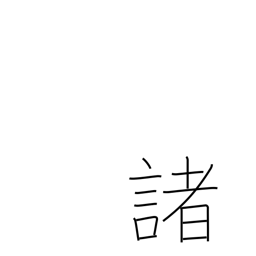
Meaning: many